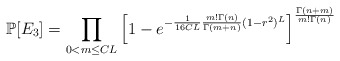
\begin{align*}\mathbb P[E_3]=\prod_{0<m\leq CL}\left[1-e^{-\frac{1}{16CL}\frac{m!\Gamma(n)}{\Gamma(m+n)}(1-r^2)^{L}}\right]^{\frac{\Gamma(n+m)}{m!\Gamma(n)}}\end{align*}